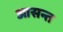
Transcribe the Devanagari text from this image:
आसन्त